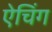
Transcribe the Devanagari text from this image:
ऐचिंग